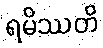
ရမိဿတိ